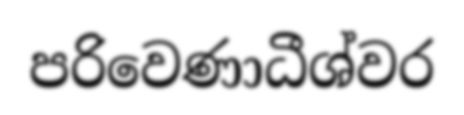
පරිවෙණාධීශ්වර